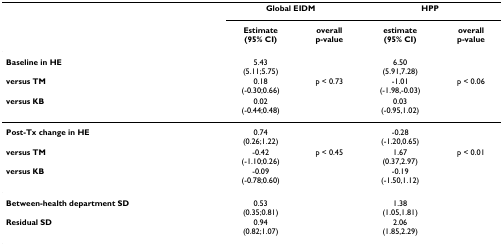
|  | <COLSPAN=2> Global EIDM | <COLSPAN=2> HPP |
 |  | Estimate(95% CI) | overallp-value | estimate(95% CI) | overallp-value |
 | --- | --- | --- | --- | --- |
 | Baseline in HE | 5.43(5.11;5.75) |  | 6.50(5.91,7.28) |  |
 | versus TM | 0.18(-0.30;0.66) | p < 0.73 | -1.01(-1.98,-0.03) | p < 0.06 |
 | versus KB | 0.02(-0.44;0.48) |  | 0.03(-0.95,1.02) |  |
 | Post-Tx change in HE | 0.74(0.26;1.22) |  | -0.28(-1.20,0.65) |  |
 | versus TM | -0.42(-1.10;0.26) | p < 0.45 | 1.67(0.37,2.97) | p < 0.01 |
 | versus KB | -0.09(-0.78;0.60) |  | -0.19(-1.50,1.12) |  |
 | Between-health department SD | 0.53(0.35;0.81) |  | 1.38(1.05,1.81) |  |
 | Residual SD | 0.94(0.82;1.07) |  | 2.06(1.85,2.29) |  |